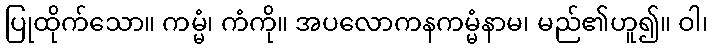
ပြုထိုက်သော။ ကမ္မံ၊ ကံကို။ အပလောကနကမ္မံနာမ၊ မည်၏ဟူ၍။ ဝါ၊